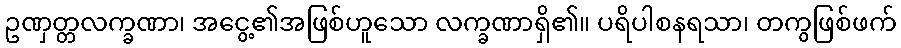
ဥဏှတ္တလက္ခဏာ၊ အငွေ့၏အဖြစ်ဟူသော လက္ခဏာရှိ၏။ ပရိပါစနရသာ၊ တကွဖြစ်ဖက်